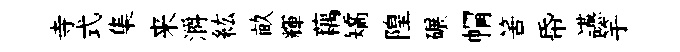
寺式集来灂紘畝輝藕矯隍碾㡌筈帋讌竽